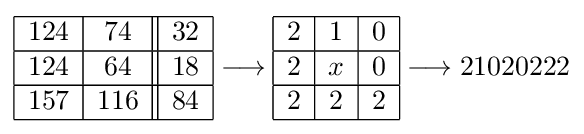
{\begin{array}{|c|c||c|}\hline 124&74&32\\\hline 124&64&18\\\hline 157&116&84\\\hline \end{array}}\longrightarrow {\begin{array}{|c|c|c|}\hline 2&1&0\\\hline 2&x&0\\\hline 2&2&2\\\hline \end{array}}\longrightarrow 21020222